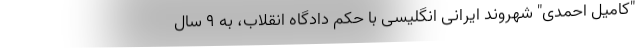
"کامیل احمدی" شهروند ایرانی انگلیسی با حکم دادگاه انقلاب، به ۹ سال